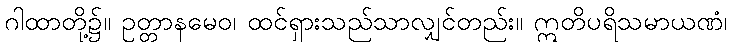
ဂါထာတို့၌။ ဥတ္တာနမေဝ၊ ထင်ရှားသည်သာလျှင်တည်း။ ဣတိပရိသမာယဏံ၊